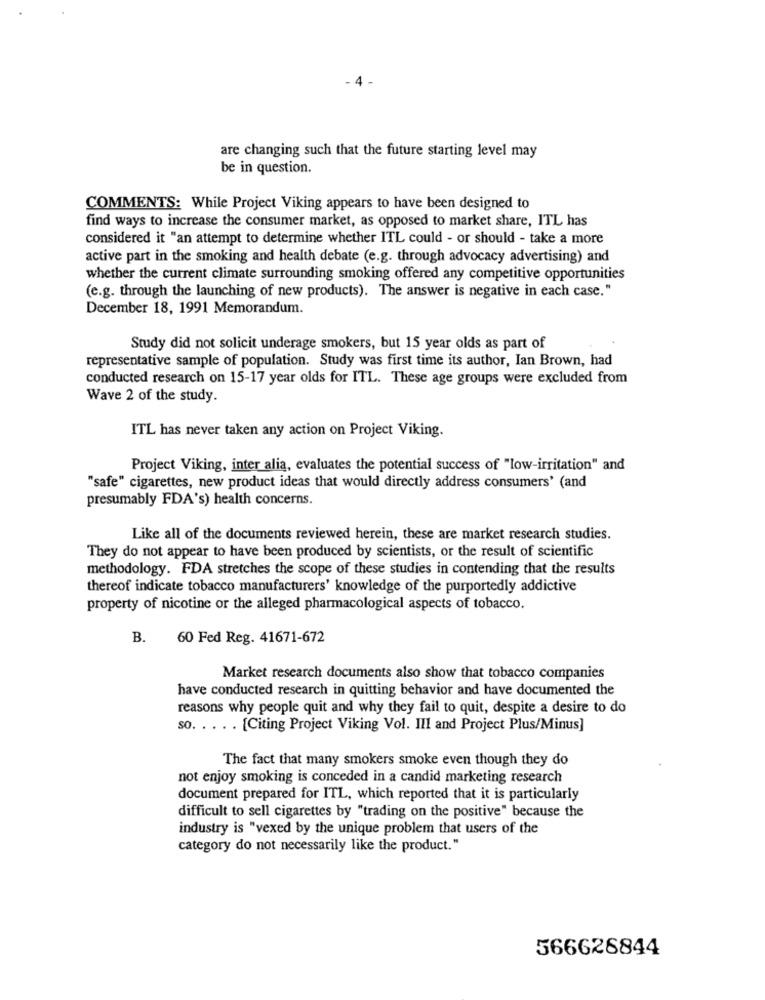
- 4
are changing such that the future starting level may
be in question.
COMMENTS: While Project Viking appears to have been designed to
find ways to increase the consumer market, as opposed to market share, ITL has
considered it "an attempt to determine whether ITL could - or should - take a more
active part in the smoking and health debate (e.g. through advocacy advertising) and
whether the current climate surrounding smoking offered any competitive opportunities
(e.g. through the launching of new products). The answer is negative in each case."
December 18, 1991 Memorandum.
Study did not solicit underage smokers, but 15 year olds as part of
representative sample of population. Study was first time its author, Ian Brown, had
conducted research on 15-17 year olds for ITL. These age groups were excluded from
Wave 2 of the study.
ITL has never taken any action on Project Viking.
Project Viking, inter alia, evaluates the potential success of "low-irritation" and
"safe" cigarettes, new product ideas that would directly address consumers' (and
presumably FDA's) health concerns.
Like all of the documents reviewed herein, these are market research studies.
They do not appear to have been produced by scientists, or the result of scientific
methodology. FDA stretches the scope of these studies in contending that the results
thereof indicate tobacco manufacturers' knowledge of the purportedly addictive
property of nicotine or the alleged pharmacological aspects of tobacco.
B. 60 Fed Reg. 41671-672
Market research documents also show that tobacco companies
have conducted research in quitting behavior and have documented the
reasons why people quit and why they fail to quit, despite a desire to do
so. .... [Citing Project Viking Vol. Ill and Project Plus/Minus]
The fact that many smokers smoke even though they do
not enjoy smoking is conceded in a candid marketing research
document prepared for ITL, which reported that it is particularly
difficult to sell cigarettes by "trading on the positive" because the
industry is "vexed by the unique problem that users of the
category do not necessarily like the product."
566626844